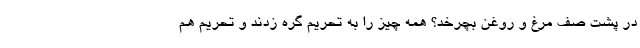
در پشت صف مرغ و روغن بچرخد؟ همه چیز را به تحریم گره زدند و تحریم هم